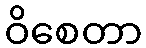
ဝိစေတာ